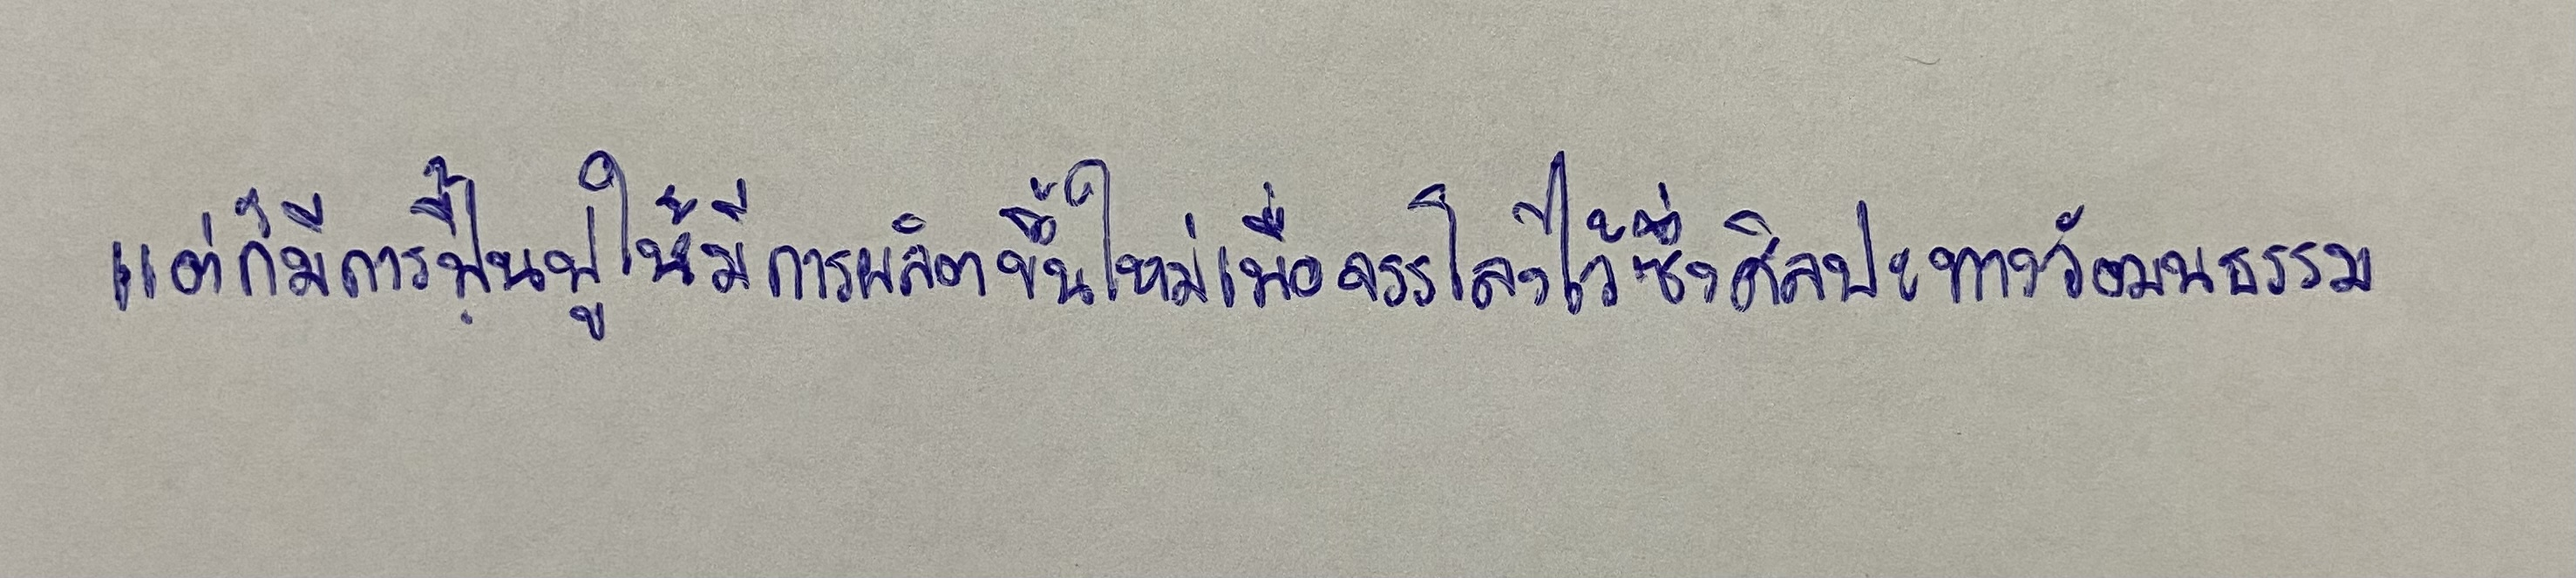
แต่ก็มีการฟื้นฟูให้มีการผลิตขึ้นใหม่เพื่อจรรโลงไว้ซึ่งศิลปะทางวัฒนธรรม